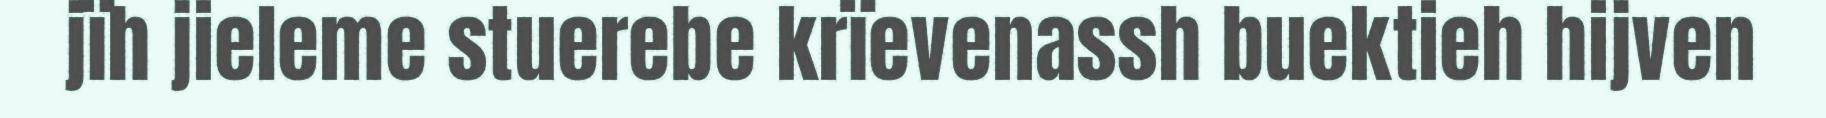
jïh jieleme stuerebe krïevenassh buektieh hijven